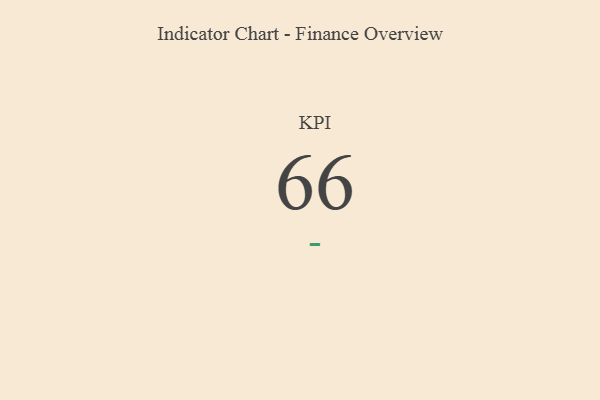
{"axis": {"x": "KPI", "y": "Value"}, "legend": [""], "data": [{"x": "KPI", "y": 66, "type": ""}]}